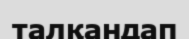
талқандап